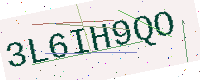
Text: 3L6IH9QO